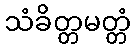
သံခိတ္တမတ္တံ